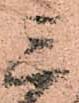
三